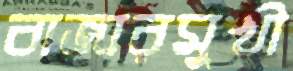
বাজারমুখী